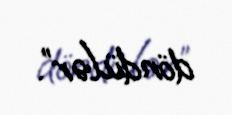
döndülər”.